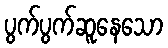
ပွက်ပွက်ဆူနေသော